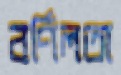
বর্ণিলতা